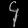
Digit: ၄